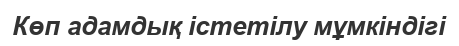
Көп адамдық іcтетілу мұмкіндігі